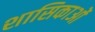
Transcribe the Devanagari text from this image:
शासिकाओं